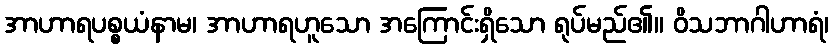
အာဟာရပစ္စယံနာမ၊ အာဟာရဟူသော အကြောင်းရှိသော ရုပ်မည်၏။ ဝိသဘာဂါဟာရံ၊